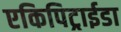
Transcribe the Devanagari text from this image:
एकिपिट्राईडा